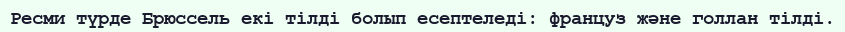
Ресми түрде Брюссель екі тілді болып есептеледі: француз және голлан тілді.